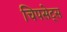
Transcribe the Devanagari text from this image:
चिपसेट्स